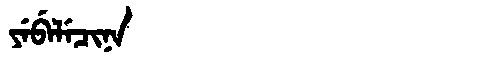
Manchu: ᠶᡝᠪᡝᠯᡝᠴᡳᠨᠠ
Romanization: YEBELECINA